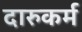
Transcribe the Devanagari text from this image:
दारुकर्म